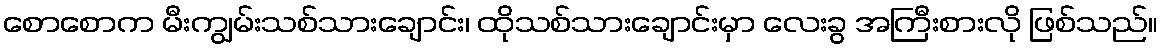
စောစောက မီးကျွမ်းသစ်သားချောင်း၊ ထိုသစ်သားချောင်းမှာ လေးခွ အကြီးစားလို ဖြစ်သည်။